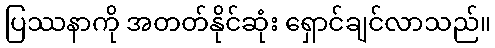
ပြဿနာကို အတတ်နိုင်ဆုံး ရှောင်ချင်လာသည်။